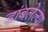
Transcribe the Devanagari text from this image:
डांबलेल्या